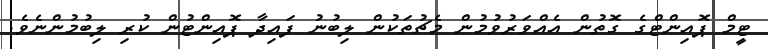
ޓީމް ޕޮއިންޓްގެ ގޮތުން އެއްވަރުވުމުން މެޗުތަކުން ލިބުނު ފައިދާ ޕޮއިންޓުން ކުރި ލިބުމުންނެވެ.